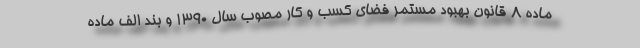
ماده ۸ قانون بهبود مستمر فضای کسب و کار مصوب سال ۱۳۹۰ و بند الف ماده